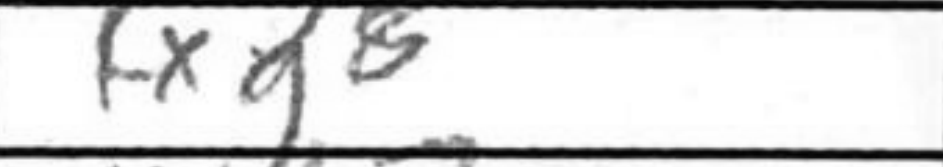
Transcription: Kxg8